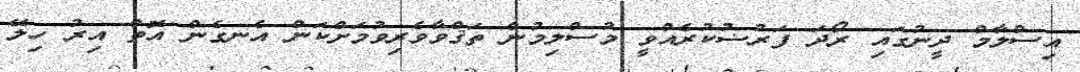
އިސްލާމް ދީނުގައި ރޯދަ ފަރުޟުކުރެއްވީ މުސްލިމުން ތަޤްވާވެރިވުމަށްކަން އެނގެން އޮތް އިރު ހިލޭ